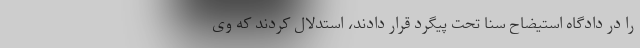
را در دادگاه استیضاح سنا تحت پیگرد قرار دادند، استدلال کردند که وی